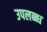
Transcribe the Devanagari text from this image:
उपलब्ब्ध